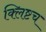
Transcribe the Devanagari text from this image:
क्लिष्टच